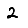
Digit: 2